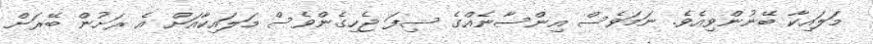
މަލައިކާ ބޭނުންވިއެވެ. ނަމަވެސް އިންސާނެއްގެ ސިފަ ޖެހިގެންވެސް މަލައިކާއަށް އެ ރަށުން ބޭރަށް